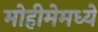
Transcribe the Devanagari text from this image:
मोहीमेमध्ये